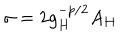
\sigma = 2 g _ { H } ^ { - p / 2 } A _ { H }